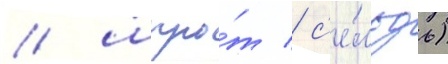
/ шпро́т / с'е́льдь)